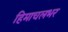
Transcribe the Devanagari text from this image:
हिमाचलभर